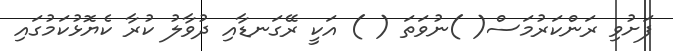
ފަށުވި ރަންކަރުމަސް( )ނުވަތަ ( ) އަކީ ރޭގަނޑާއި ދުވާލު ކުރާ ކެޔޮޅުކަމުގައި